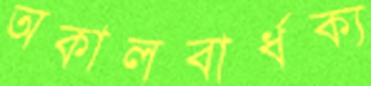
অকালবার্ধক্য